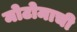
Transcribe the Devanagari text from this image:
मोटोमाची